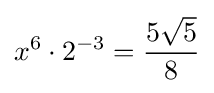
x^{6}\cdot 2^{-3}={\frac {5{\sqrt {5}}}{8}}